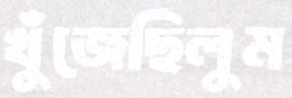
খুঁজেছিলুম